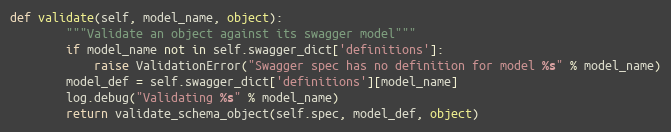
Language: Python
def validate(self, model_name, object):
        """Validate an object against its swagger model"""
        if model_name not in self.swagger_dict['definitions']:
            raise ValidationError("Swagger spec has no definition for model %s" % model_name)
        model_def = self.swagger_dict['definitions'][model_name]
        log.debug("Validating %s" % model_name)
        return validate_schema_object(self.spec, model_def, object)